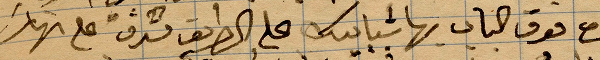
حجرة فوق الباب بها شبابيك على الطريق ... على نهر